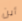
أين